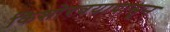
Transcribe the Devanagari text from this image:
किशोरवयापासून